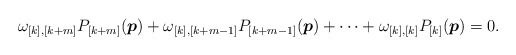
\begin{align*} \omega_{[k],[k+m]}P_{[k+m]}(\boldsymbol p)+ \omega_{[k],[k+m-1]}P_{[k+m-1]}(\boldsymbol p)+\cdots+ \omega_{[k],[k]}P_{[k]}(\boldsymbol p)=0. \end{align*}